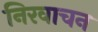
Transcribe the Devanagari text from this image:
निरवाचन